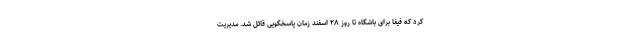
کرد که فیفا برای باشگاه تا روز ۲۸ اسفند زمان پاسخگویی قائل شد. مدیریت